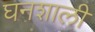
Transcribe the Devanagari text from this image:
घनशाली